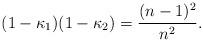
LaTeX: \begin{align*}(1-\kappa_1)(1-\kappa_2)=\frac{(n-1)^2}{n^2}.\end{align*}